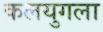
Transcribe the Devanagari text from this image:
कलयुगला